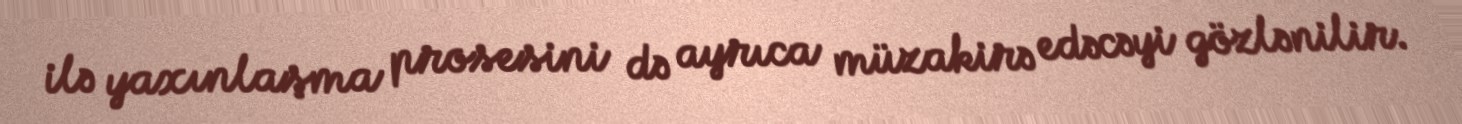
ilə yaxınlaşma prosesini də ayrıca müzakirə edəcəyi gözlənilir.